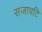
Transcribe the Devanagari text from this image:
सजावटि